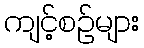
ကျင့်စဉ်များ